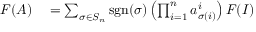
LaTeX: \begin{array} { r l } { F ( A ) } & { { } = \sum _ { \sigma \in S _ { n } } \operatorname { s g n } ( \sigma ) \left( \prod _ { i = 1 } ^ { n } a _ { \sigma ( i ) } ^ { i } \right) F ( I ) } \end{array}